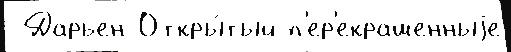
 Дарьен Откры́тый п'ер'екрашенныjе